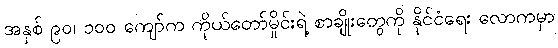
အနှစ် ၉၀၊ ၁၀၀ ကျော်က ကိုယ်တော်မှိုင်းရဲ့ စာချိုးတွေကို နိုင်ငံရေး လောကမှာ